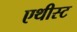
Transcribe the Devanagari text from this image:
एथीस्ट